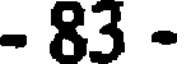
- 83 -